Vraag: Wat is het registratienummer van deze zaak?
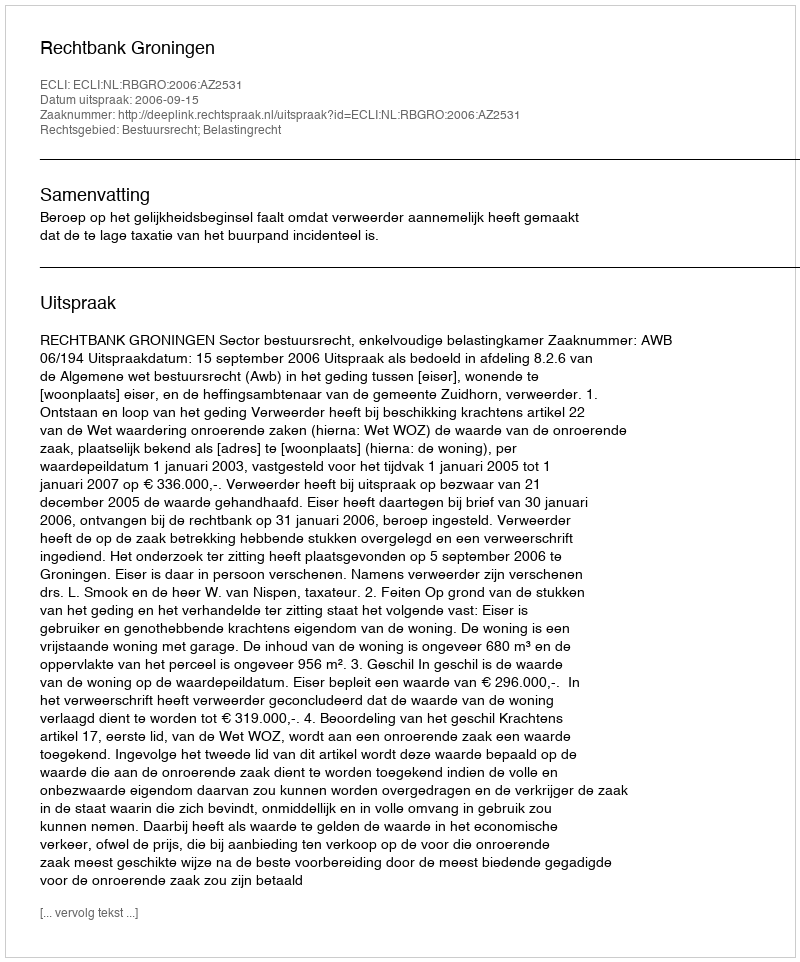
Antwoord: http://deeplink.rechtspraak.nl/uitspraak?id=ECLI:NL:RBGRO:2006:AZ2531